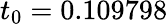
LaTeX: t_{0}=0.109798